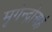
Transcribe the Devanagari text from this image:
मृगेन्द्रोअहं